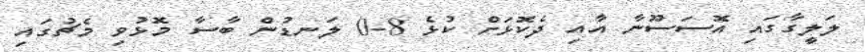
ލަލީގާގައި އޮސަސޫނާ އާއި ދެކޮޅަށް ކުޅެ 8-0 ލަނޑުން ބާސާ މޮޅުވި މެޗުގައި